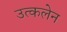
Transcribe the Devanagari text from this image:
उत्कलेन